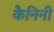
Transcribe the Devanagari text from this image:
कैनिनी